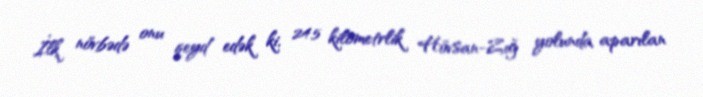
İlk növbədə onu qeyd edək ki, 24.5 kilometrlik Hövsan-Zığ yolunda aparılan